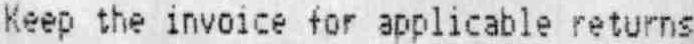
KEEP THE INVOICE FOR APPLICABLE RETURNS